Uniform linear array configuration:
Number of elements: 4
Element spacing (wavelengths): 1
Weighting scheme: exponential
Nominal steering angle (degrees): -60
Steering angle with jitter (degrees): -58.299
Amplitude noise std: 0.05
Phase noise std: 0.05

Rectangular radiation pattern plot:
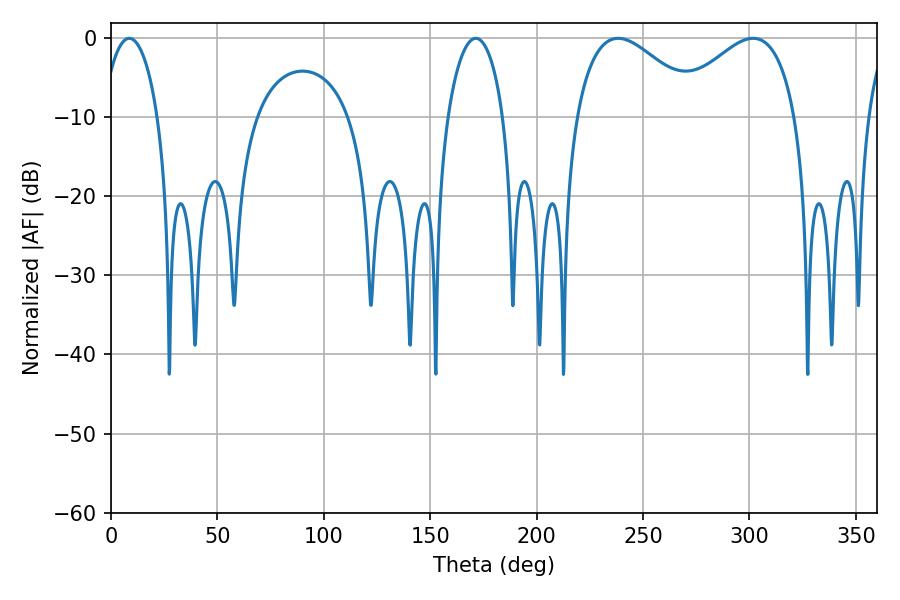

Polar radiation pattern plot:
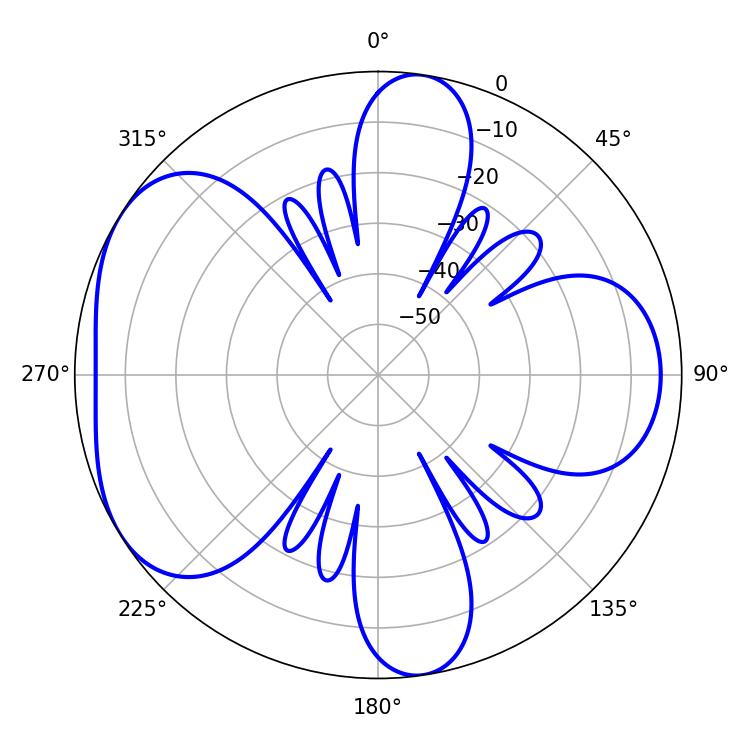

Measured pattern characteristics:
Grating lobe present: TRUE
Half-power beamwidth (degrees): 32.04
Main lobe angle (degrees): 238.32